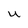
Character: U